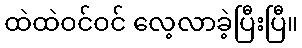
ထဲထဲဝင်ဝင် လေ့လာခဲ့ပြီးပြီ။